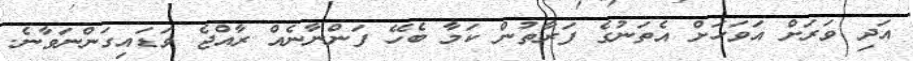
އަދި ވަރަށް އަވަހަށް އެތަނުގެ ފަރާތުން ކަމާ ބެހޭ ފަންނާނެއް ރާއްޖެ ވަޑައިގަންނަވާނެ.